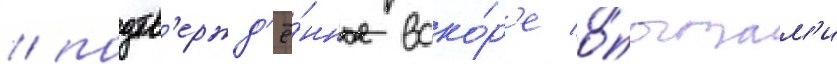
/ подтв'ержд'ё́нное вско́р'е о́пытам'и